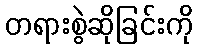
တရားစွဲဆိုခြင်းကို